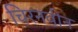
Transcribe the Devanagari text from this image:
चिरनवीन